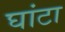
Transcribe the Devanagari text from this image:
घांटा